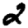
Digit: 2